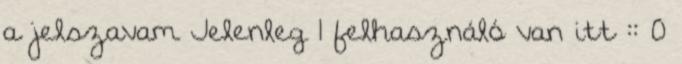
a jelszavam Jelenleg 1 felhasználó van itt :: 0